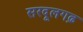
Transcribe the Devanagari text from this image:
सरदूलगढ़